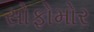
સોફોમોર